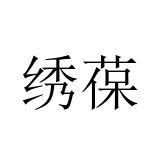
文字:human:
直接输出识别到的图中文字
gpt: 绣葆